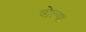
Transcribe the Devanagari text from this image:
वोल्‍गा